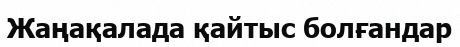
Жаңақалада қайтыс болғандар